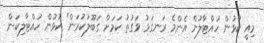
މިއީ ކުޅުން ހުއްޓާލުން އެންމެ ރަނގަޅު ވަގުތު ކަމަށް ގަބޫލުކުރަން" ކުޅުން ހުއްޓާލިކަން